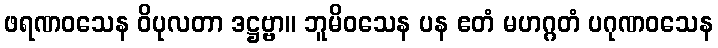
ဖရဏဝသေန ဝိပုလတာ ဒဋ္ဌဗ္ဗာ။ ဘူမိဝသေန ပန ဧတံ မဟဂ္ဂတံ ပဂုဏဝသေန